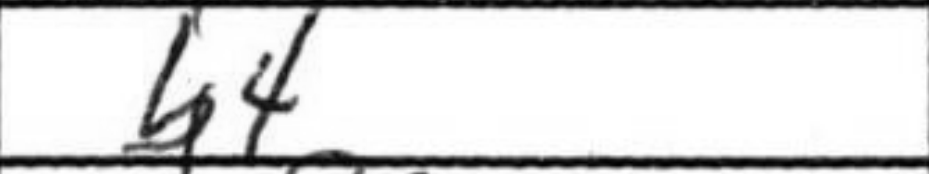
Transcription: b4